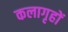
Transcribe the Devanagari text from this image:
कलागृहों